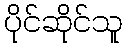
ပိုင်ဆိုင်သူ